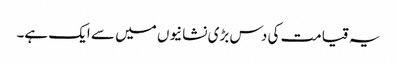
یہ قیامت کی دس بڑی نشانیوں میں سے ایک ہے۔